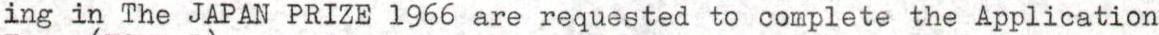
ing in The JAPAN PRIZE 1966 are requested to complete the Application